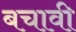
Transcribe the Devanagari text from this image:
बचावी